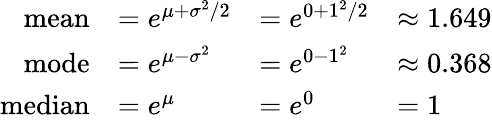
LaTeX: {\begin{array}{rlll}{{\mathrm{mean}}}&{=e^{\mu+\sigma^{2}/2}}&{=e^{0+1^{2}/2}}&{\approx 1.649}\\ {{\mathrm{mode}}}&{=e^{\mu-\sigma^{2}}}&{=e^{0-1^{2}}}&{\approx 0.368}\\ {{\mathrm{median}}}&{=e^{\mu}}&{=e^{0}}&{=1}\end{array}}